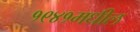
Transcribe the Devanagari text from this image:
१९४१मधील